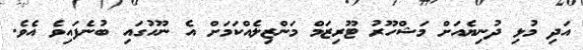
އަދި މުޅި ދުނިޔެެއަށް މަޝްހޫރު ޓޫރިޒަމް މަންޒިލެއްކަމަށް އެ ނޫހުގައި ބުނެފައިވެ އެވެ.